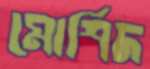
মোর্শিদ